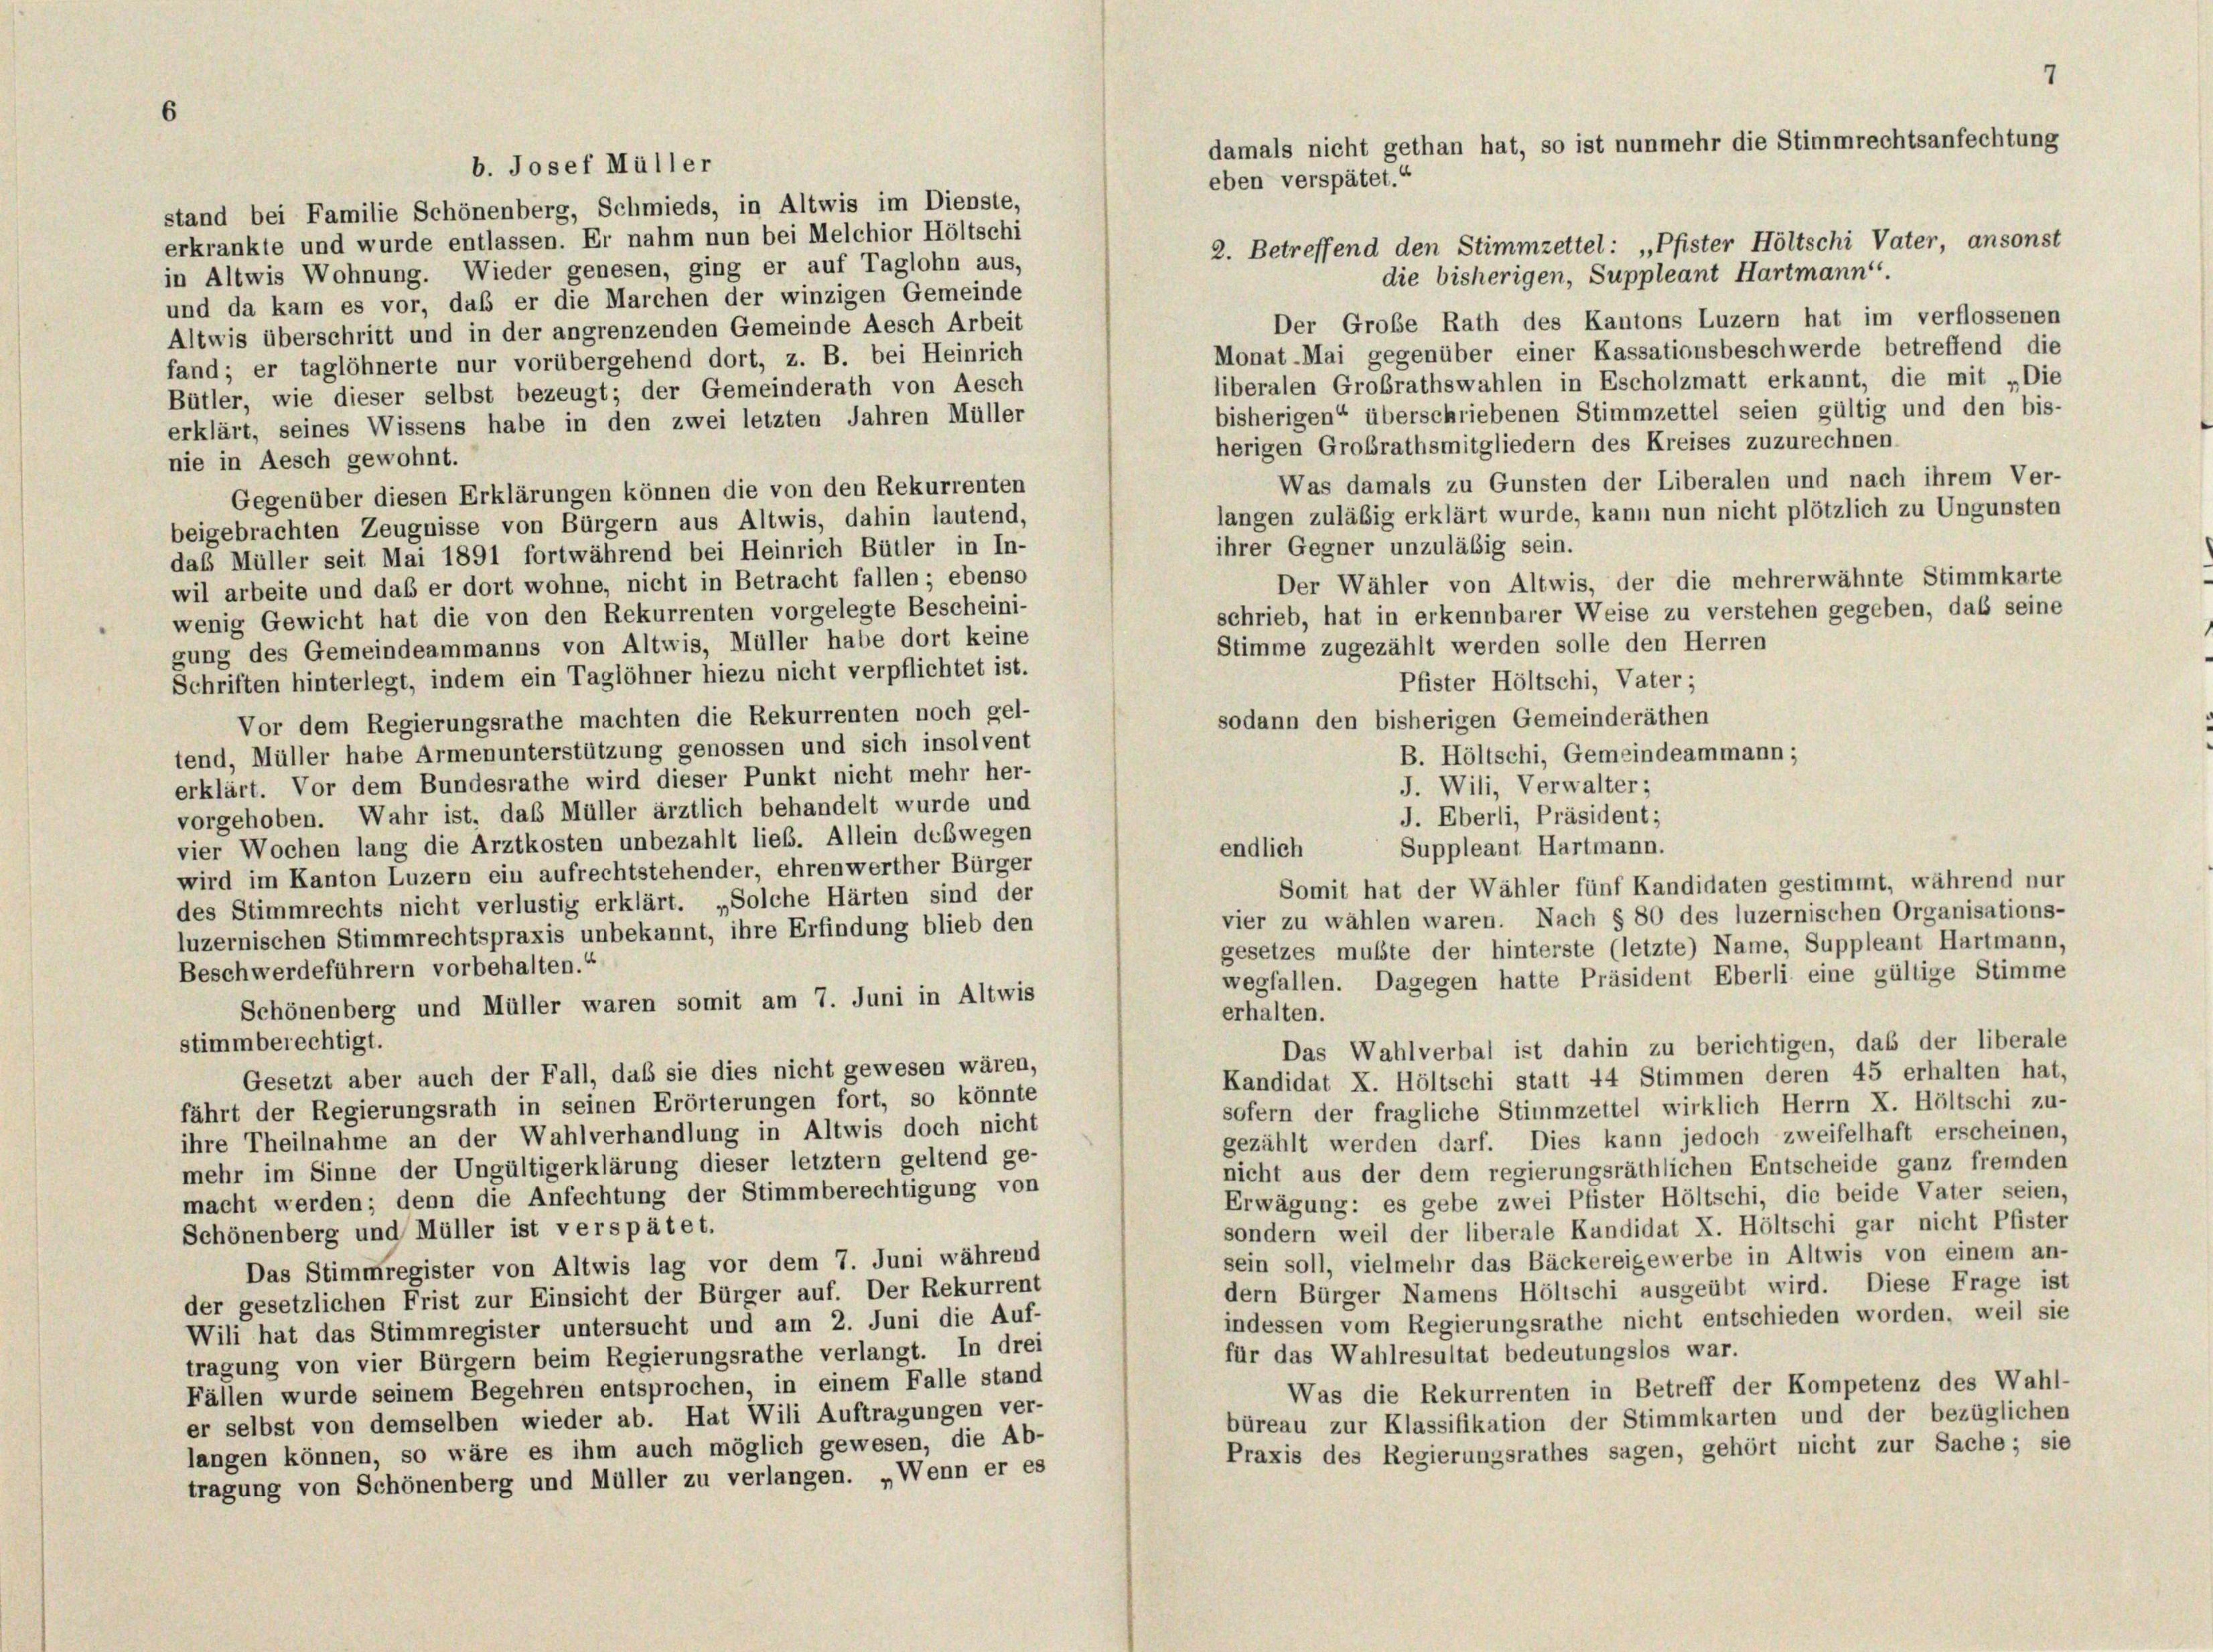
b. Josef Müller

damals nicht gethan hat, so ist nunmehr die Stimmrechtsanfechtung
eben verspätet.“

stand bei Familie Schönenberg, Schmieds, in Altwis im Dienste,
erkrankte und wurde entlassen. Er nahm nun bei Melchior Höltschi
2. Betreffend den Stimmzettel: „Pfister Höltschi Vater, ansonst
in Altwis Wohnung. Wieder genesen, ging er auf Taglohn aus,
die bisherigen, Suppleant Hartmann
und da kam es vor, daß er die Marchen der winzigen Gemeinde
Der Große Rath des Kantons Luzern hat im verflossenen
Altwis überschritt und in der angrenzenden Gemeinde Aesch Arbeit
Monat-Mai gegenüber einer Kassationsbeschwerde betreffend die
fand; er taglöhnerte nur vorübergehend dort, z. B. bei Heinrich
liberalen Großrathswahlen in Escholzmatt erkannt, die mit „Die
Bütler, wie dieser selbst bezeugt; der Gemeinderath von Aesch
bisherigen“ überschriebenen Stimmzettel seien gültig und den bis-
erklärt, seines Wissens habe in den zwei letzten Jahren Müller
herigen Großrathsmitgliedern des Kreises zuzurechnen.
nie in Aesch gewohnt.
Was damals zu Gunsten der Liberalen und nach ihrem Ver-
Gegenüber diesen Erklärungen können die von den Rekurrenten
langen zuläßig erklärt wurde, kann nun nicht plötzlich zu Ungunsten
beigebrachten Zeugnisse von Bürgern aus Altwis, dahin lautend,
ihrer Gegner unzuläßig sein.
daß Müller seit Mai 1891 fortwährend bei Heinrich Bütler in In-
Der Wähler von Altwis, der die mehrerwähnte Stimmkarte
wil arbeite und daß er dort wohne, nicht in Betracht fallen; ebenso
schrieb, hat in erkennbarer Weise zu verstehen gegeben, das seine
wenig Gewicht hat die von den Rekurrenten vorgelegte Bescheini-
Stimme zugezählt werden solle den Herren
gung des Gemeindeammanns von Altwis, Müller habe dort keine
Schriften hinterlegt, indem ein Taglöhner hiezu nicht verpflichtet ist.
Pfister Höltschi, Vater;
Vor dem Regierungsrathe machten die Rekurrenten noch gel-
sodann den bisherigen Gemeinderäthen
tend, Müller habe Armenunterstützung genossen und sich insolvent
B. Höltschi, Gemeindeammann;
erklärt. Vor dem Bundesrathe wird dieser Punkt nicht mehr her-
J. Wili, Verwalter;
vorgehoben. Wahr ist, das Müller ärztlich behandelt wurde und
J. Eberli, Präsident;
vier Wochen lang die Arztkosten unbezahlt lieb. Allein deswegen
Suppleant Hartmann.
endlich
wird im Kanton Luzern ein aufrechtstehender, ehrenwerther Bürger
Somit hat der Wähler fünf Kandidaten gestimmt, während nur
des Stimmrechts nicht verlustig erklärt. „Solche Härten sind der
vier zu wählen waren. Nach § 80 des luzernischen Organisations-
luzernischen Stimmrechtspraxis unbekannt, ihre Erfindung blieb den
gesetzes mußte der hinterste (letzte) Name, Suppleant Hartmann,
Beschwerdeführern vorbehalten.“
wegfallen. Dagegen hatte Präsident Eberli eine gültige Stimme
Schönenberg und Müller waren somit am 7. Juni in Altwis
erhalten.
stimmberechtigt.
Das Wahlverbal ist dahin zu berichtigen, das der liberale
Gesetzt aber auch der Fall, daß sie dies nicht gewesen wären,
Kandidat X. Höltschi statt 44 Stimmen deren 45 erhalten hat,
fährt der Regierungsrath in seinen Erörterungen fort, so könnte
sofern der fragliche Stimmzettel wirklich Herrn X. Höltschi zu-
ihre Theilnahme an der Wahlverhandlung in Altwis doch nicht
gezählt werden darf. Dies kann jedoch zweifelhaft erscheinen,
mehr im Sinne der Ungültigerklärung dieser letztem geltend ge-
nicht aus der dem regierungsräthlichen Entscheide ganz fremden
macht werden; denn die Anfechtung der Stimmberechtigung von
Erwägung: es gebe zwei Pfister Höltschi, die beide Vater seien,
sondern weil der liberale Kandidat X. Höltschi gar nicht Pfister
Schönenberg und Müller ist verspätet.
sein soll, vielmehr das Bäckereigewerbe in Altwis von einem an-
Das Stimmregister von Altwis lag vor dem 7. Juni während
dern Bürger Namens Hölischi ausgeübt wird. Diese Frage ist
der gesetzlichen Frist zur Einsicht der Bürger auf. Der Rekurrent
indessen vom Regierungsrathe nicht entschieden worden, weil sie
Wili hat das Stimmregister untersucht und am 2. Juni die Auf-
für das Wahlresultat bedeutungslos war.
tragung von vier Bürgern beim Regierungsrathe verlangt. In drei
Fällen wurde seinem Begehren entsprochen, in einem Falle stand
Was die Rekurrenten in Betreff der Kompetenz des Wahl-
er selbst von demselben wieder ab. Hat Wili Auftragungen ver-
büreau zur Klassifikation der Stimmkarten und der bezüglichen
langen können, so wäre es ihm auch möglich gewesen, die Ab-
Praxis des Regierungsrathes sagen, gehört nicht zur Sache; sie
tragung von Schönenberg und Müller zu verlangen. „Wenn er es